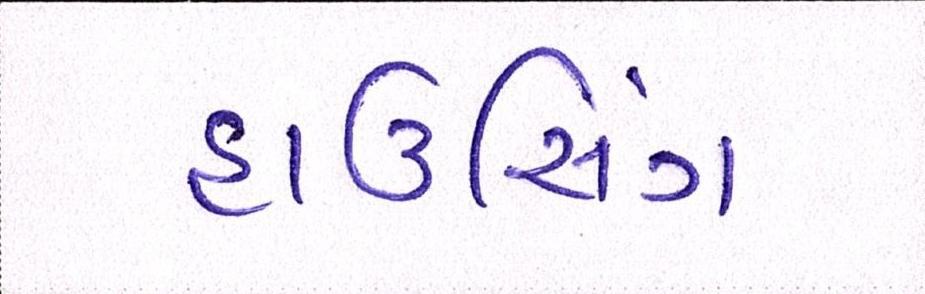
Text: હાઉસિંગ